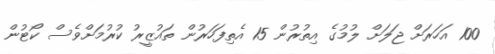
100 އަހަރަށް ޖަލަށް ލުމުގެ އިތުރުން 15 އެތިފަހަރުން ތައުޒީރު ކުރުމަށްވެސް ކޯޓުން